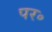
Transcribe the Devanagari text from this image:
पर॰